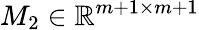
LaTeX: M_{2}\in\mathbb{R}^{m+1\times m+1}